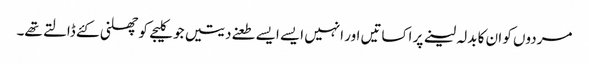
مردوں کو ان کا بدلہ لینے پر اکساتیں اور انہیں ایسے ایسے طعنے دیتیں جو کلیجے کو چھلنی کئے ڈالتے تھے۔